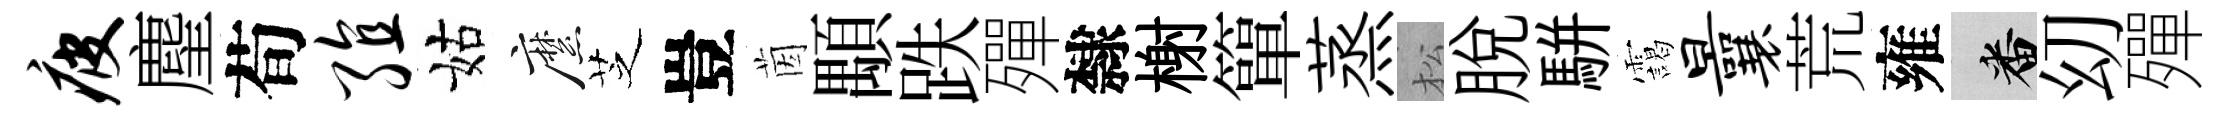
疲麈荀殖姑縻芝豈茵顒跌殫隸榭簞蒸松脱駢靄曩荒雍番㓜殫